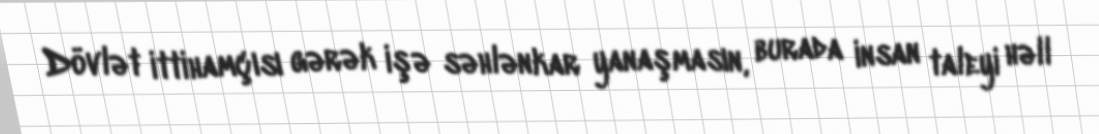
Dövlət ittihamçısı gərək işə səhlənkar yanaşmasın, burada insan taleyi həll